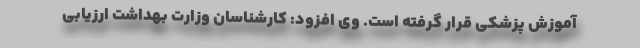
آموزش پزشکی قرار گرفته است. وی افزود: کارشناسان وزارت بهداشت ارزیابی